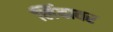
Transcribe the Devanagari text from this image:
लिंबावर